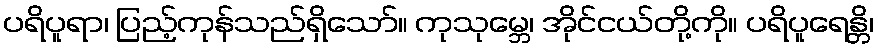
ပရိပူရာ၊ ပြည့်ကုန်သည်ရှိသော်။ ကုသုမ္ဘေ၊ အိုင်ငယ်တို့ကို။ ပရိပူရေန္တိ၊